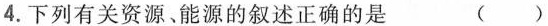
4.下列有关资源、能源的叙述正确的是 ()